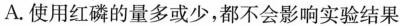
A.使用红磷的量多或少，都不会影响实验结果